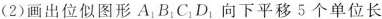
(2)画出位似图形A_{1}B_{1}C_{1}D_{1}向下平移5个单位长